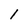
Character: 1